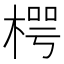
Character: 㮙